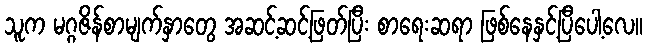
သူက မဂ္ဂဇိန်စာမျက်နှာတွေ အဆင့်ဆင့်ဖြတ်ပြီး စာရေးဆရာ ဖြစ်နေနှင့်ပြီပေါ့လေ။